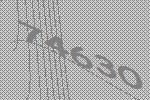
74630